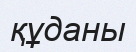
құданы